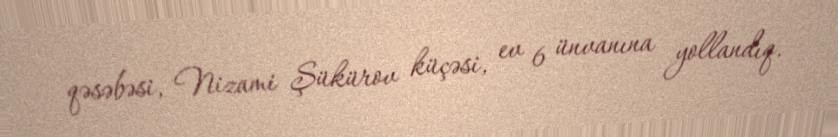
qəsəbəsi, Nizami Şükürov küçəsi, ev 6 ünvanına yollandıq.